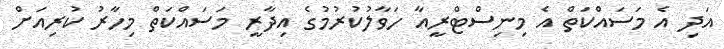
އަދި އެ މަސައްކަތް އެ މިނިސްޓްރީއާ ހަވާލުކުރުމުގެ އިދާރީ މަސައްކަތް މިހާރު ކުރިއަށް